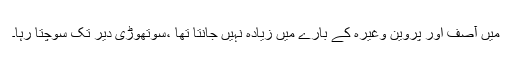
میں آصف اور پروین وغیرہ کے بارے میں زیادہ نہیں جانتا تھا ،سوتھوڑی دیر تک سوچتا رہا۔